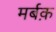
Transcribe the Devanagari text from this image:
मर्बक़